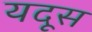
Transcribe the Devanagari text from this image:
यदूस